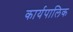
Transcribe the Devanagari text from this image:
कार्यपालिक